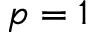
p = 1